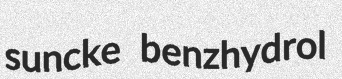
suncke benzhydrol